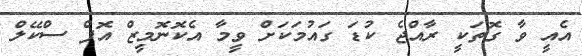
އެއީ ވާ ގޮތަކީ ރާއްޖެ ކުޑަ ގައުމަކަށް ވީމާ އެކޮނޮމީޒް އޮފް ސްކޭލް